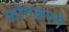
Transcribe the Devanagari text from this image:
फ़ोनकरने